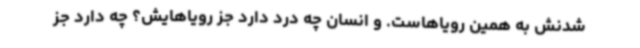
شدنش به همین رویاهاست. و انسان چه درد دارد جز رویاهایش؟ چه دارد جز